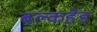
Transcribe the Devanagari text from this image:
बल्‍कहेड